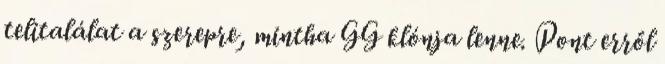
telitalálat a szerepre, mintha GG klónja lenne. Pont erről